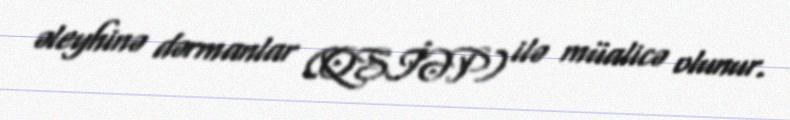
əleyhinə dərmanlar (QSİƏP) ilə müalicə olunur.